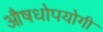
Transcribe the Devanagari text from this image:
औषधोपयोगी